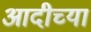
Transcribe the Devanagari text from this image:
आदीच्या